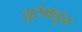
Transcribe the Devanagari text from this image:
गुरुंकडून